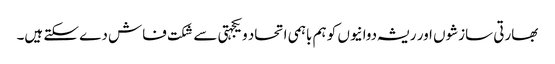
بھارتی سازشوں اور ریشہ دوانیوں کو ہم باہمی اتحاد ویکجہتی سے شکت فاش دے سکتے ہیں۔